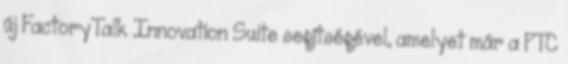
új FactoryTalk Innovation Suite segítségével, amelyet már a PTC